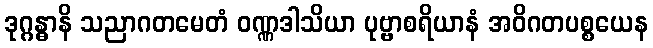
ဒုဂ္ဂန္ဓာနိ သညာဂတမေတံ ဝဏ္ဏဒါသိယာ ပုဗ္ဗာစရိယာနံ အဝိဂတပစ္စယေန